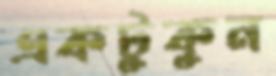
একটুকুন